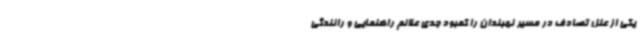
یکی از علل تصادف در مسیر نهبندان را کمبود جدی علائم راهنمایی و رانندگی